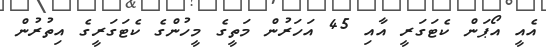
އެއީ އޯޕަން ކެޓަގަރީ އާއި 45 އަހަރުން މަތީގެ މީހުންގެ ކެޓަގަރީގެ އިތުރުން